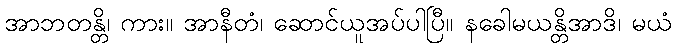
အာဘတန္တိ၊ ကား။ အာနီတံ၊ ဆောင်ယူအပ်ပါပြီ။ နခေါမယန္တိအာဒိ၊ မယံ